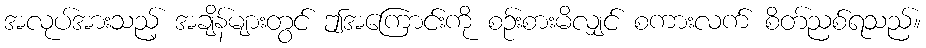
အလုပ်အားသည့် အချိန်များတွင် ဤအကြောင်းကို စဉ်းစားမိလျှင် စကားလက် စိတ်ညစ်ရသည်။